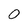
Character: O